Leaving Certificate Examination (including Day School Certificate (Higher) General paper), 1935
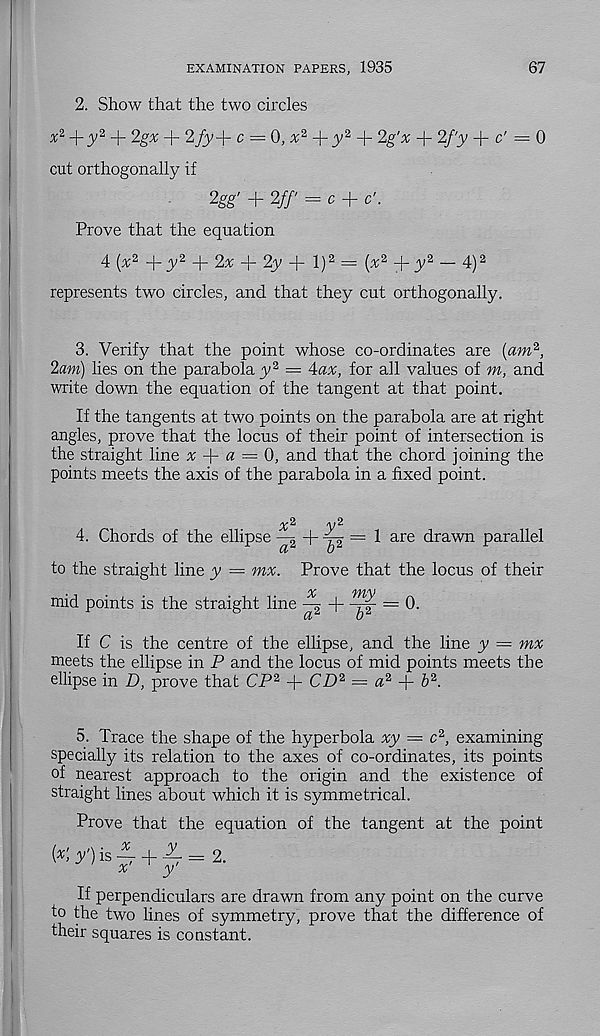
EXAMINATION PAPERS, 1935
67
2. Show that the two circles
+^2 + 2gA; + 2/y + c = 0, x 2 -j- y 2 -j- 2g'x + 2f'y + c' = 0
cut orthogonally if
2gg' + 2//' = c + c'.
Prove that the equation
4 (^2 + >’ 2 + 2^ + 2y + l) 2 = (^2 + y 2 — 4) 2
represents two circles, and that they cut orthogonally.
3. Verify that the point whose co-ordinates are [am 2 ,
2am) lies on the parabola y 2 = Aax, for all values of m, and
write down the equation of the tangent at that point.
If the tangents at two points on the parabola are at right
angles, prove that the locus of their point of intersection is
the straight line x
a = 0, and that the chord joining the
points meets the axis of the parabola in a fixed point.
4. Chords of the ellipse —g + ^ = 1 are drawn parallel
to the straight line y — mx. Prove that the locus of their
mid points is the straight line ^
= 0.
If C is the centre of the ellipse, and the line y — mx
meets the ellipse in P and the locus of mid points meets the
ellipse in D, prove that CP 2 + CD 2 — a 2
b 2 .
5. Trace the shape of the hyperbola xy = c 2 , examining
specially its relation to the axes of co-ordinates, its points
of nearest approach to the origin and the existence of
straight lines about which it is symmetrical.
Prove that the equation of the tangent at the point
( * :y)is | + y = 2 -
If perpendiculars are drawn from any point on the curve
to the two lines of symmetry, prove that the difference of
their squares is constant.